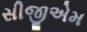
સીજીએમ